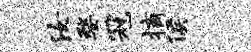
汝婺冠摘侯